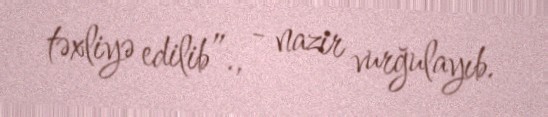
təxliyə edilib”., - nazir vurğulayıb.